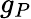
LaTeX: g_{P}